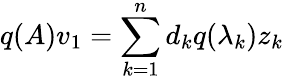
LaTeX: q(A)v_{1}=\sum_{k=1}^{n}d_{k}q(\lambda_{k})z_{k}